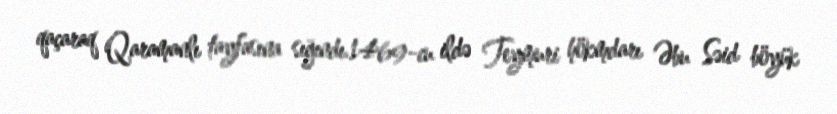
qaçaraq Qaramanlı tayfasına sığındı.1469-cu ildə Teymuri hökmdarı Əbu Səid böyük